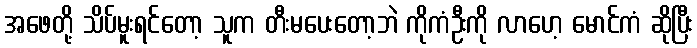
အဖေတို့ သိပ်မူးရင်တော့ သူက တီးမပေးတော့ဘဲ ကိုကံဦးကို လာဟေ့ မောင်ကံ ဆိုပြီး